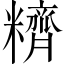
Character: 𰫕